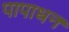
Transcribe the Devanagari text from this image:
पापाधन